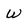
Character: W